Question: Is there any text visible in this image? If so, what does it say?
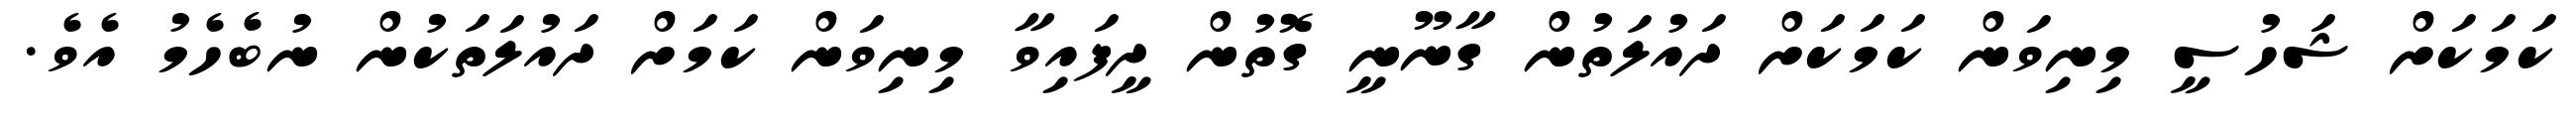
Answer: ކަމަކަށް ޝަހުސީ މިނިވަން ކަމަކަށް ދައުލަތުން ގާނޫނީ ގޮތުން ދީފައިވާ މިނިވަން ކަމަށް ދައުލަތަކުން ނުބެހެމު އެވެ.